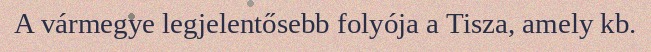
A vármegye legjelentősebb folyója a Tisza, amely kb.